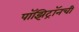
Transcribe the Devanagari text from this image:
पॉझिट्रॉनची